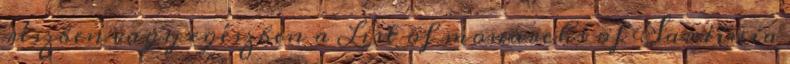
részben vagy egészben a List of monarchs of Sardinia